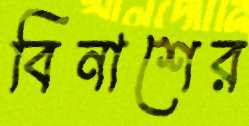
বিনাশের